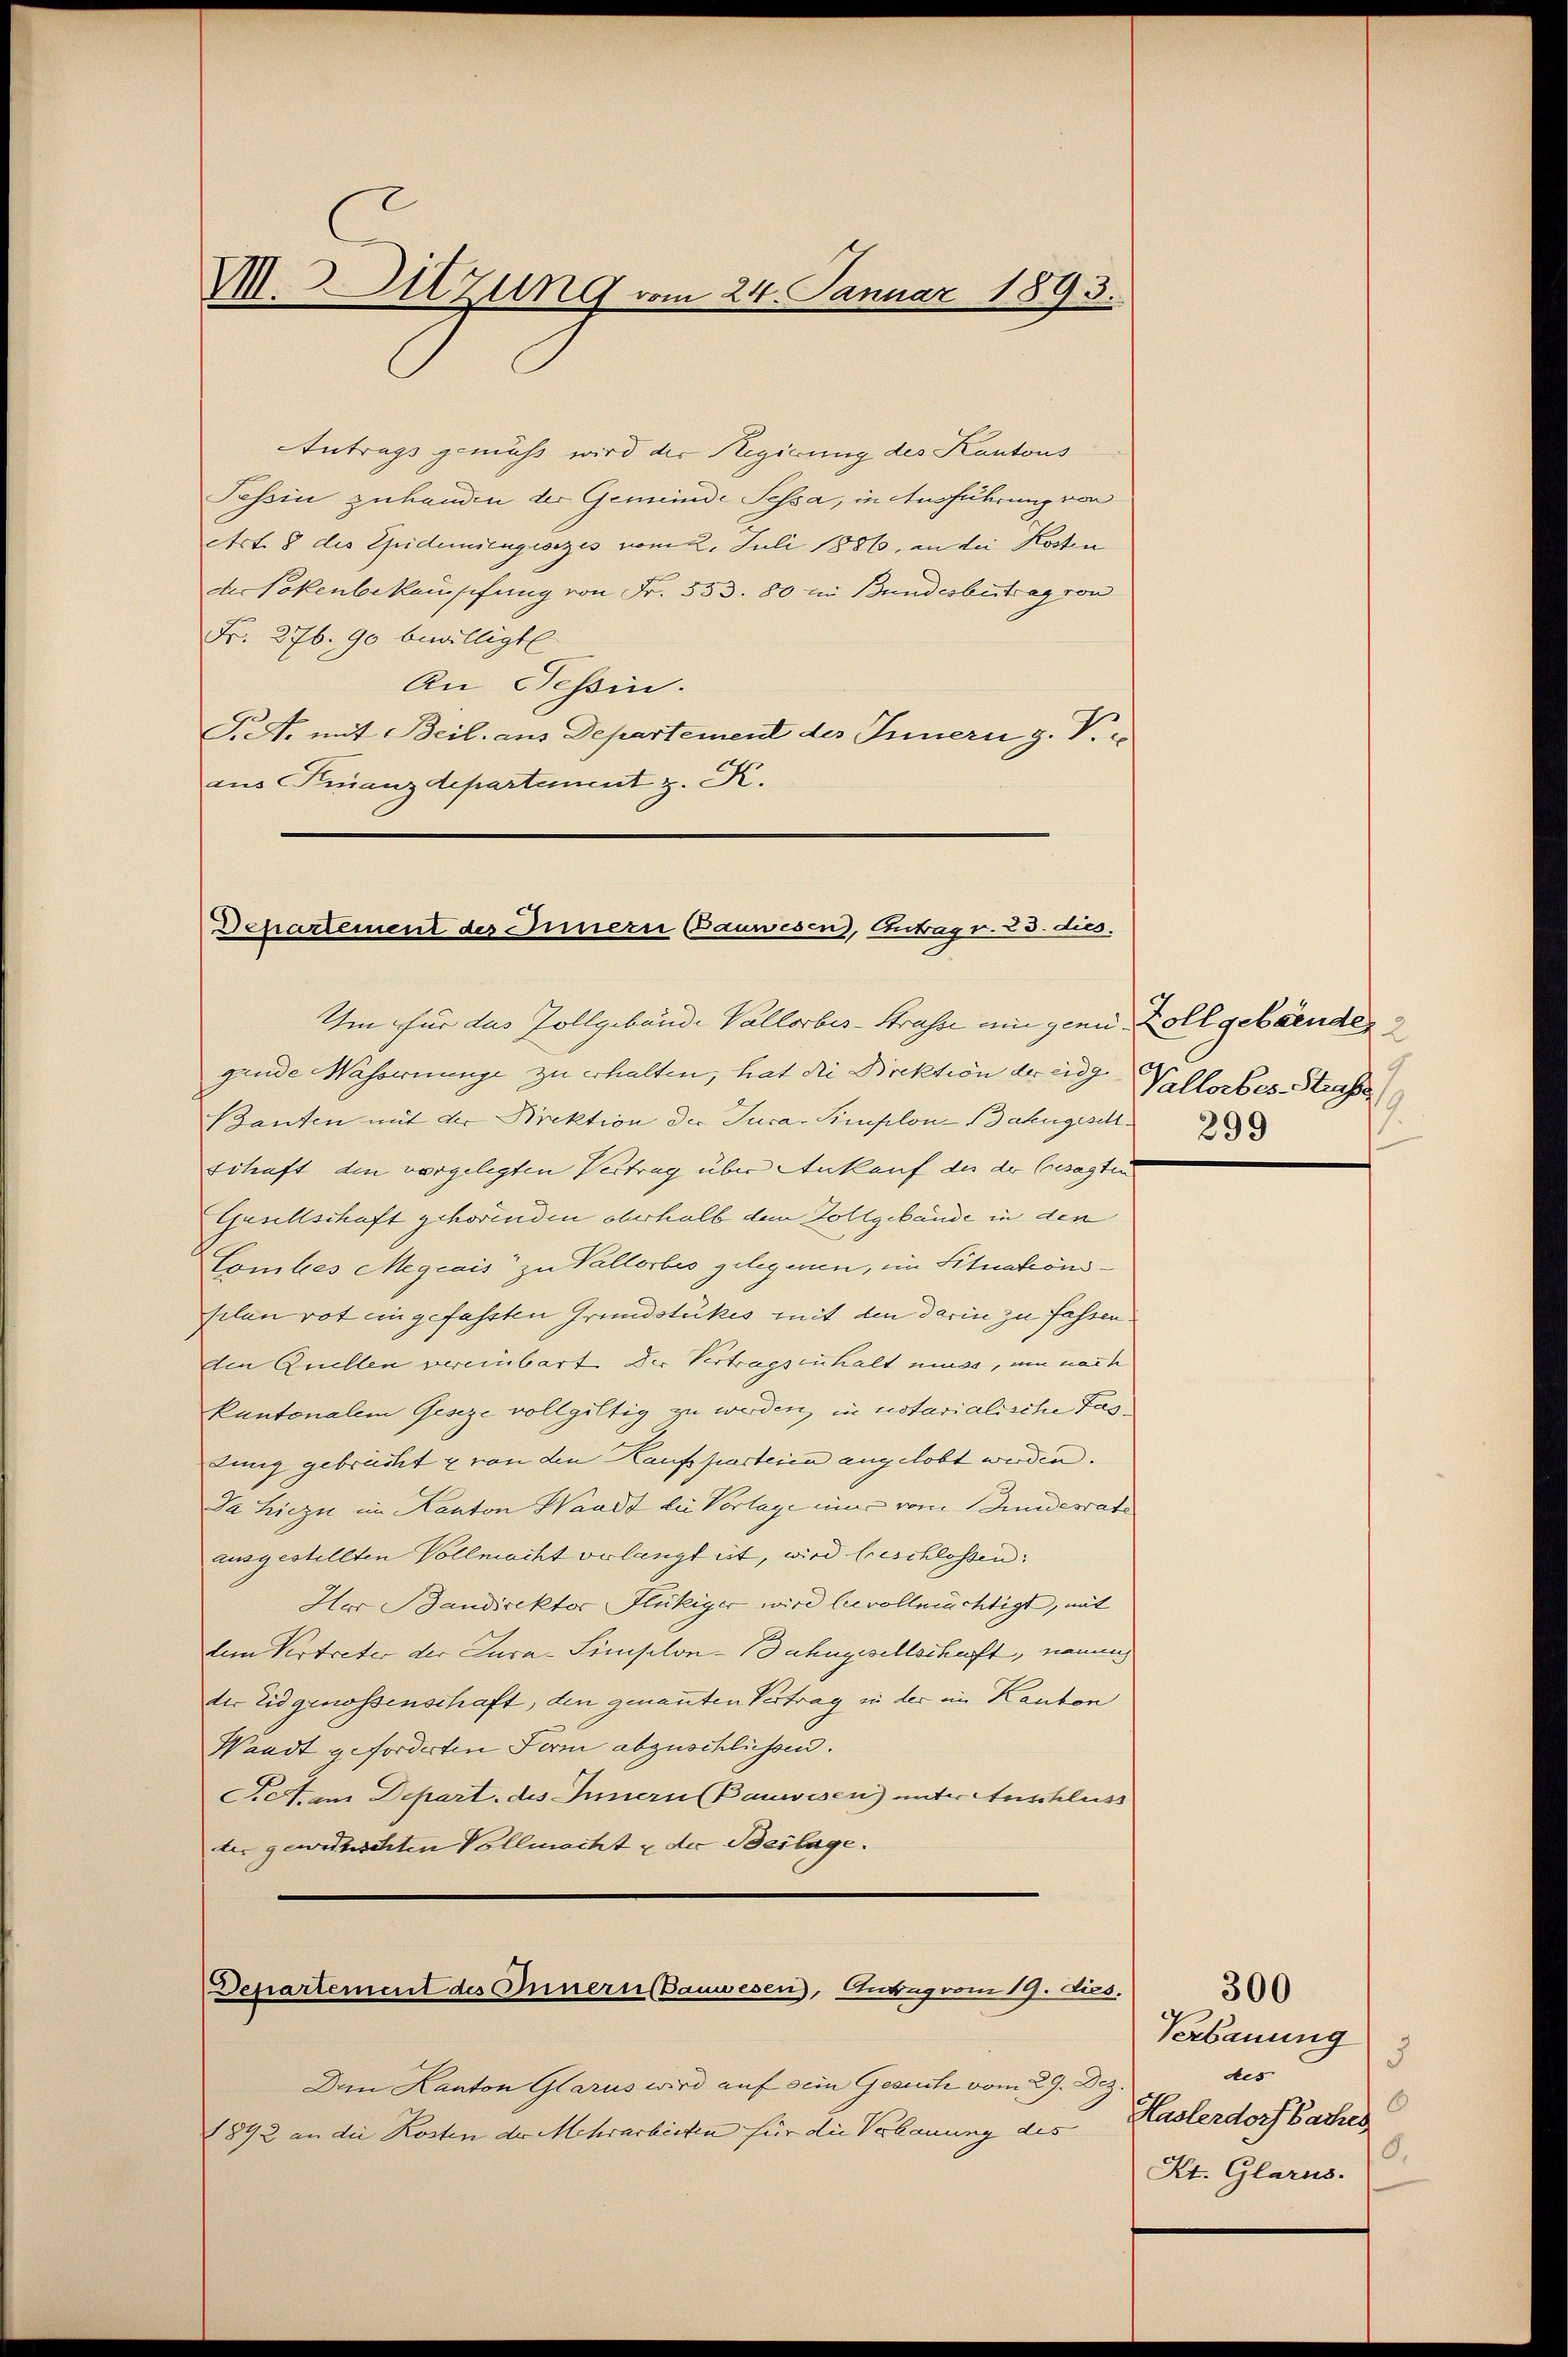
M.Sitzung vom 24. Januar 1
73.

Dchartement des Innern Bauwesen, Antrag v. 23. dies.

Um für das Zollgebäude Vallorbes-Strasse am gene Zoll gebenden
gende Wassernunge zu erhalten; hat die Direktion der eidg
Banten mit der Direktion der Jura-Simplon-Bahngeset
schaft den vorgelegten Vertrag über Ankauf der der besagten
Gesellschaft gehörenden oberhalb dem Zollgebäude in den
Comtes Megrais zu Vallorbes gelegen, im Situationssilen rot ein gefassten Grundstükes mit den darin zu fassen.
den Quellen vereinbart der Vertragsenhalt muss, um nach
kantonalem Geseze vollgültig zu werden, in notarialische Faslung gebracht u von den Kaufsparteien angelobt werden.
Da hiezu im Kanton Waadt die Vorlage eines vom Juniderrate
ausgestellten Vollmacht verlangleit, wird beschlossen:
Her Bandirektor Flückiger wird bevollmächtigt, mit
dem Vertreter der Cura-Simplon-Bahngesellschaft, namen
der Eidgenossenschaft, den genannten Vertrag in der im Kanton
Waadt geforderten Fern abzuschliessen.
Prett. am Depart. des Innern Bauwesen unter Anschluss
der gewirtschten Vollmacht u der Beilage.

Antrags gemäß wird der Regierung des Kantons
Tessin zuhanden der Gemeinde Sessa, in Ausführung von
Art. 8 des Epidemiengesezes vom 2. Juli 1886, an die Kosten
der Tokenbekamschung von Fr. 553. 80 im Bundesbetrag von
Fr. 276. 90 bewilligt
An Tessin.
Siet. mit Beil. aus Departement des Innern g. T. e
aus Finanzdepartement z. K.

Departement des Innern Bauwesen, Antrag vom 19. dies.

Den Kanton Glarus wird auf sein Gesuch vom 29. Dez.
1842 an die Kosten der Mehrarbeiten für die Verbauung des

Vallorbes-Strasse

Verbauung
5
des
6
Haslerdorf Baches
8.
Kt. Glarus.

300